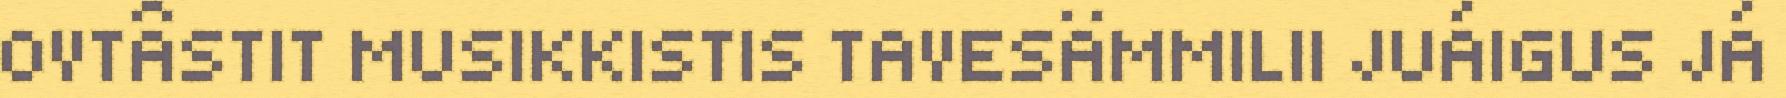
OVTÂSTIT MUSIKKISTIS TAVESÄMMILII JUÁIGUS JÁ